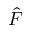
\hat { F }